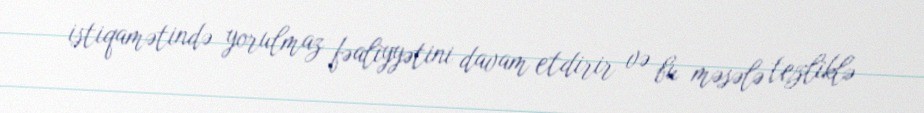
istiqamətində yorulmaz fəaliyyətini davam etdirir və bu məsələ tezliklə